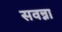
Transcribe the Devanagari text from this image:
सवन्ना